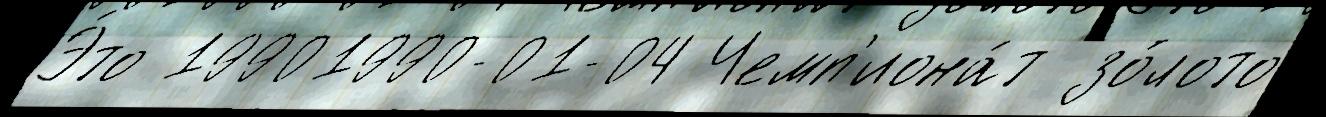
Э́то 19901990-01-04 Чемп'иона́т зо́лото